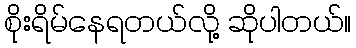
စိုးရိမ်နေရတယ်လို့ ဆိုပါတယ်။